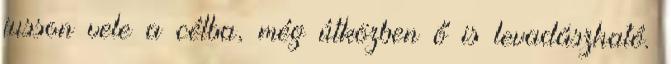
jusson vele a célba, még útközben ő is levadászható.